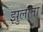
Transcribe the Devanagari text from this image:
झुलाता